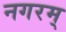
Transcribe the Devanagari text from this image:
नगरम्